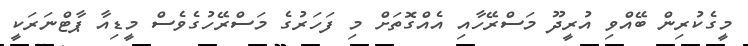
މީގެކުރިން ބޭއްވި އުރީދޫ މަސްރޭހާއި އެއްގޮތަށް މި ފަހަރުގެ މަސްރޭހުގެވެސް މީޑިއާ ޕާޓްނަރަކީ